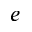
e